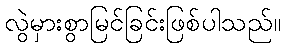
လွဲမှားစွာမြင်ခြင်းဖြစ်ပါသည်။